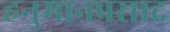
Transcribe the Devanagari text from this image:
हनुमानप्रसाद